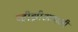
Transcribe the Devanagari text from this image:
व्हीझीआयजी